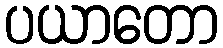
ပယာတော